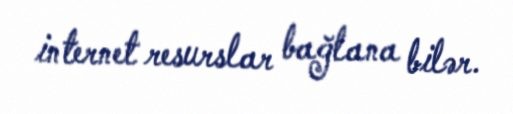
internet resurslar bağlana bilər.